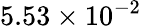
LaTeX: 5.53\times 10^{-2}